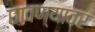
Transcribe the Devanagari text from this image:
छावण्यावर